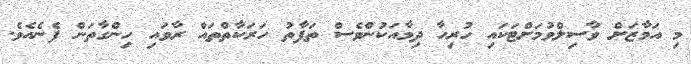
މި އަމާޒަށް ވާސިލްވުމަށްޓަކައި ހުރިހާ ދިމާއަކުންވެސް ތަފާތު ހަރަކާތްތައް ރާވައި ހިންގާތަން ފެނެއެވެ.